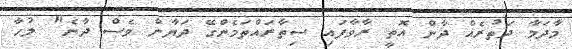
މާދަމާ ދަތުރެއް ދާން އޮތީ ރާވާފައި ސިތާރައްތަމެންގޭ ދަޔާން ވެސް ދާނެ" ލުހާ